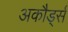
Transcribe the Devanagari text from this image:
अकौर्ड्स